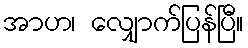
အာဟ၊ လျှောက်ပြန်ပြီ။